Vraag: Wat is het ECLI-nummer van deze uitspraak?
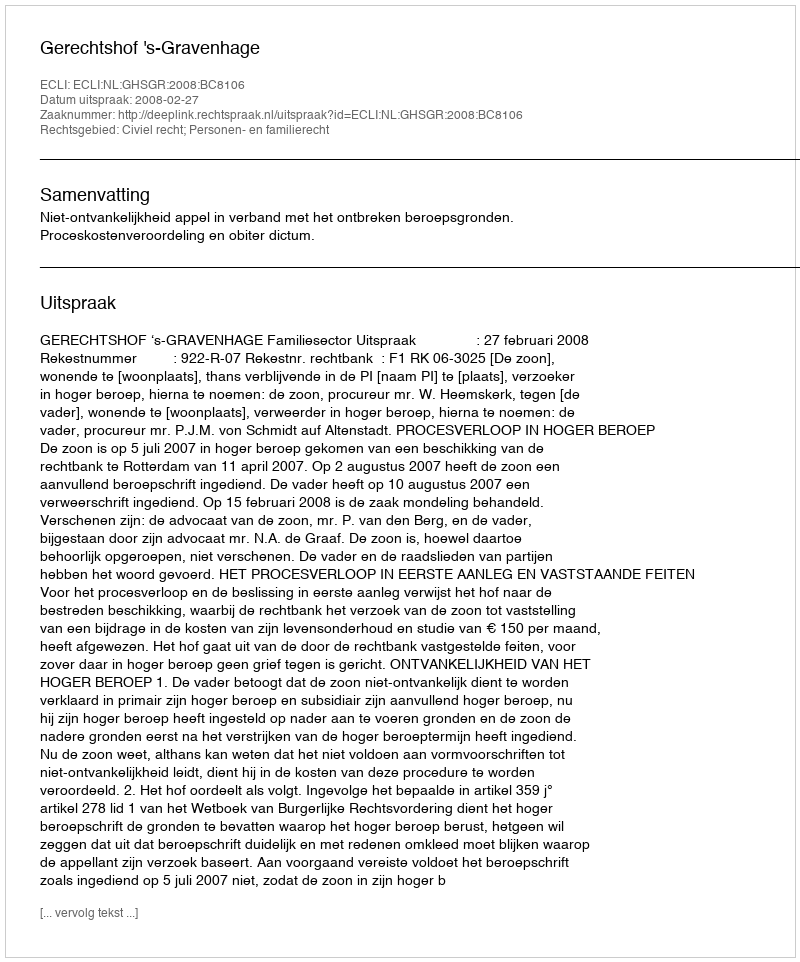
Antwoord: ECLI:NL:GHSGR:2008:BC8106